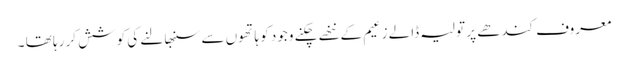
معروف کندھے پر تولیہ ڈالے زعیم کے ننھے چکنے وجود کو ہاتھوں سے سنبھالنے کی کوشش کر رہا تھا ۔